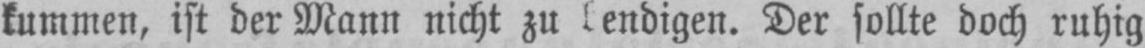
Der sollte doch ruhig